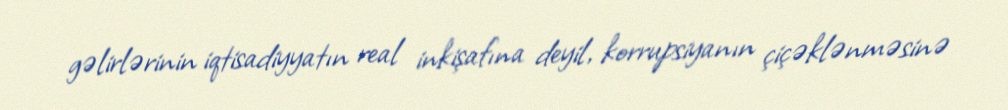
gəlirlərinin iqtisadiyyatın real inkişafına deyil, korrupsiyanın çiçəklənməsinə